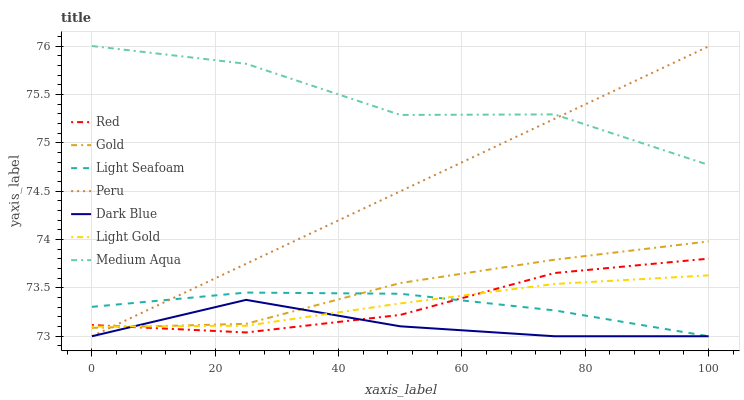
| xaxis_label | Red | Gold | Light Seafoam | Peru | Dark Blue | Light Gold | Medium Aqua |
 | --- | --- | --- | --- | --- | --- | --- | --- |
 | 0 | 73.1 | 73.1 | 73.3 | 73 | 73 | 73.1 | 76 |
 | 25 | 73 | 73.1 | 73.5 | 73.7 | 73.4 | 73.1 | 75.8 |
 | 50 | 73.2 | 73.6 | 73.4 | 74.5 | 73.1 | 73.3 | 75.3 |
 | 75 | 73.7 | 73.8 | 73.3 | 75.2 | 73 | 73.5 | 75.3 |
 | 100 | 73.8 | 74 | 73 | 76 | 73 | 73.6 | 74.8 |